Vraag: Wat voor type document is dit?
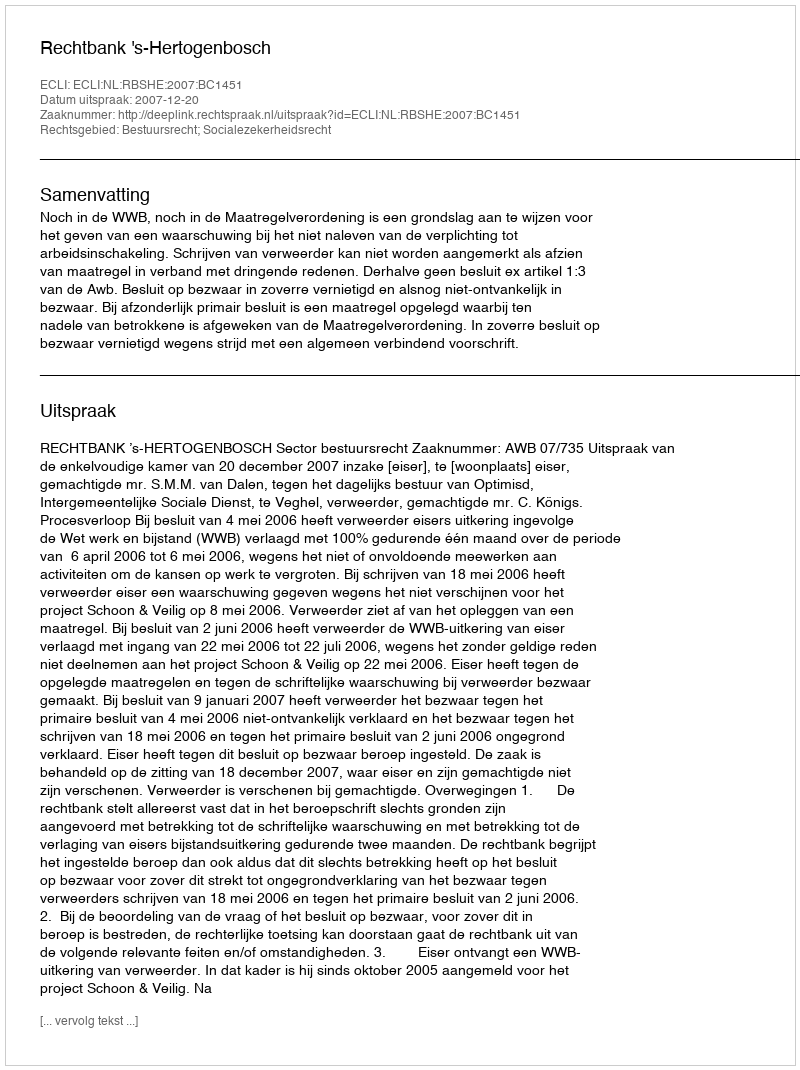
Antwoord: Uitspraak